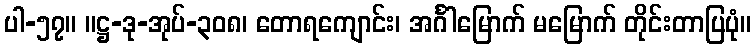
ပါ-၅၇။ ။ဋ္ဌ-ဒု-အုပ်-၃၀၈၊ တောရကျောင်း၊ အင်္ဂါမြောက် မမြောက် တိုင်းတာပြပုံ။